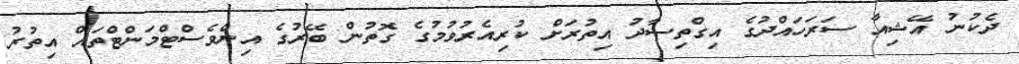
ދެކުނު އޭޝިއާ ސަރަހައްދުގެ އިގްތިސާދު އިތުރަށް ކުރިއެރުވުމުގެ ގޮތުން ބޭރުގެ އިންވެސްޓްމަންޓްތައް އިތުރު